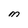
Character: M